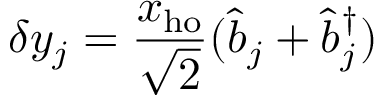
\delta y _ { j } = \frac { x _ { \mathrm { h o } } } { \sqrt { 2 } } ( \hat { b } _ { j } + \hat { b } _ { j } ^ { \dagger } )